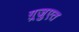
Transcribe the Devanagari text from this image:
ग़्रजुएत